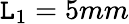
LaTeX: \mathtt{L}_{1}=5mm